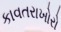
કાવતરાખોરો